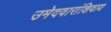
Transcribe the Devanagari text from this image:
उमेदवारांशिवाय